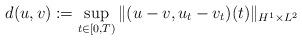
LaTeX: \begin{align*}d(u,v) := \sup_{t\in [0,T)} \| (u-v, u_t - v_t)(t) \|_{H^1\times L^2}\end{align*}